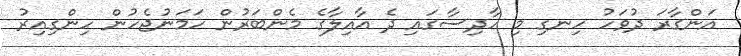
އަންގާރަ ދުވަހު ހިނގި މި ހާދިސާގައި ދެ އާއިލާގެ މެންބަރުން ހަމަނުޖެހުން ހިންގިއިރު